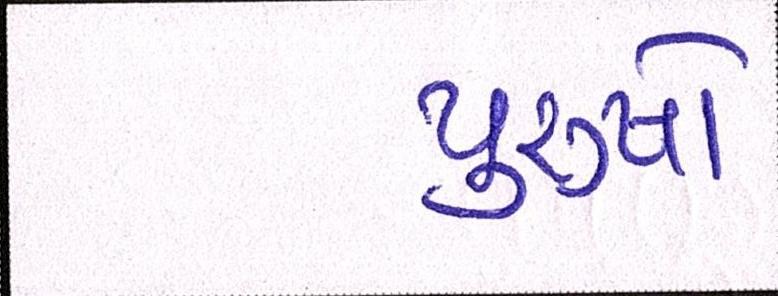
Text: પુરૂષો